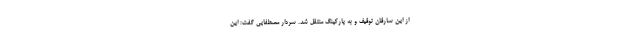
از این سارقان توقیف و به پارکینگ منتقل شد. سردار مصطفایی گفت: این